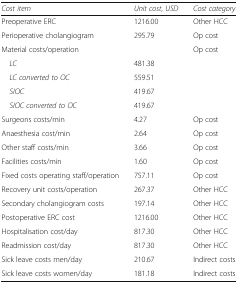
<table><thead><tr><td><b><i>Cost item</i></b></td><td><b><i>Unit cost, USD</i></b></td><td><b><i>Cost category</i></b></td></tr></thead><tbody><tr><td>Preoperative ERC</td><td>1216.00</td><td>Other HCC</td></tr><tr><td>Perioperative cholangiogram</td><td>295.79</td><td>Op cost</td></tr><tr><td>Material costs/operation</td><td></td><td>Op cost</td></tr><tr><td> <i>LC</i></td><td>481.38</td><td></td></tr><tr><td> <i>LC converted to OC</i></td><td>559.51</td><td></td></tr><tr><td> <i>SIOC</i></td><td>419.67</td><td></td></tr><tr><td> <i>SIOC converted to OC</i></td><td>419.67</td><td></td></tr><tr><td>Surgeons costs/min</td><td>4.27</td><td>Op cost</td></tr><tr><td>Anaesthesia cost/min</td><td>2.64</td><td>Op cost</td></tr><tr><td>Other staff costs/min</td><td>3.66</td><td>Op cost</td></tr><tr><td>Facilities costs/min</td><td>1.60</td><td>Op cost</td></tr><tr><td>Fixed costs operating staff/operation</td><td>757.11</td><td>Op cost</td></tr><tr><td>Recovery unit costs/operation</td><td>267.37</td><td>Other HCC</td></tr><tr><td>Secondary cholangiogram costs</td><td>197.14</td><td>Other HCC</td></tr><tr><td>Postoperative ERC cost</td><td>1216.00</td><td>Other HCC</td></tr><tr><td>Hospitalisation cost/day</td><td>817.30</td><td>Other HCC</td></tr><tr><td>Readmission cost/day</td><td>817.30</td><td>Other HCC</td></tr><tr><td>Sick leave costs men/day</td><td>210.67</td><td>Indirect costs</td></tr><tr><td>Sick leave costs women/day</td><td>181.18</td><td>Indirect costs</td></tr></tbody></table>